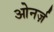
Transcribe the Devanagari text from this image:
ओनर्ज़